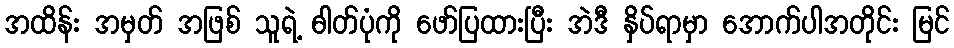
အထိန်း အမှတ် အဖြစ် သူရဲ့ ဓါတ်ပုံကို ဖော်ပြထားပြီး အဲဒီ နှိပ်ရာမှာ အောက်ပါအတိုင်း မြင်